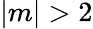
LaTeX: |m|>2